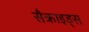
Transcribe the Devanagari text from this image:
सैक्राइड्स